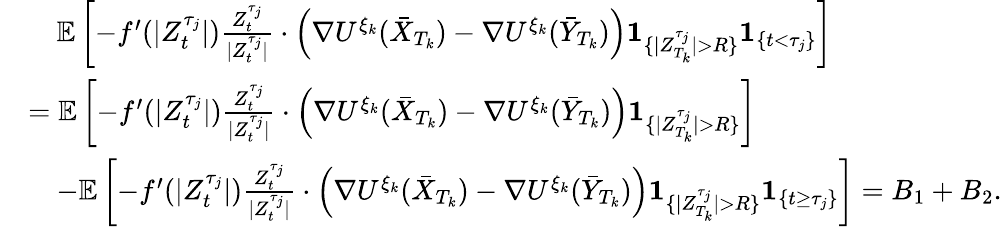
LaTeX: \begin{array}{rl}&{\quad\mathbb{E}\left[-f^{\prime}(|Z_{t}^{\tau_{j}}|)\frac{Z_{t}^{\tau_{j}}}{|Z_{t}^{\tau_{j}}|}\cdot\left(\nabla U^{\xi_{k}}(\bar{X}_{T_{k}})-\nabla U^{\xi_{k}}(\bar{Y}_{T_{k}})\right)\textbf{1}_{\{ |Z_{T_{k}}^{\tau_{j}}|>R\} }\textbf{1}_{\{ t<\tau_{j}\} }\right]}\\ &{=\mathbb{E}\left[-f^{\prime}(|Z_{t}^{\tau_{j}}|)\frac{Z_{t}^{\tau_{j}}}{|Z_{t}^{\tau_{j}}|}\cdot\left(\nabla U^{\xi_{k}}(\bar{X}_{T_{k}})-\nabla U^{\xi_{k}}(\bar{Y}_{T_{k}})\right)\textbf{1}_{\{ |Z_{T_{k}}^{\tau_{j}}|>R\} }\right]}\\ &{\quad-\mathbb{E}\left[-f^{\prime}(|Z_{t}^{\tau_{j}}|)\frac{Z_{t}^{\tau_{j}}}{|Z_{t}^{\tau_{j}}|}\cdot\left(\nabla U^{\xi_{k}}(\bar{X}_{T_{k}})-\nabla U^{\xi_{k}}(\bar{Y}_{T_{k}})\right)\textbf{1}_{\{ |Z_{T_{k}}^{\tau_{j}}|>R\} }\textbf{1}_{\{ t\geq\tau_{j}\} }\right]=B_{1}+B_{2}.}\end{array}